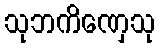
သုဘကိဏှေသု